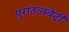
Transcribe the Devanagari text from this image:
पुरातत्ववेदी